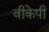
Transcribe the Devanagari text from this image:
वीकेपी